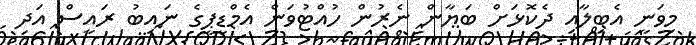
މިވަނީ އެބިލާއި ދެކޮޅަށް ބަޔާން ނެރުން ހުއްޓުވަން އެމްޑީޕީގެ ނައިބު ރައީސް އަދި